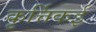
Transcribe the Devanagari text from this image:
कृर्त्तिकई